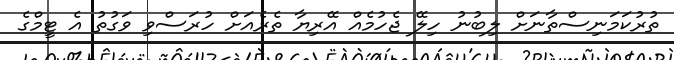
ތުރުކަމަނިސްތާނަށް ލިބުނު ހިލޭ ޖެހުމެއް އޭރިޔާ ތެރެއަށް ހުރަސްވި ވަގުތު އެ ޓީމްގެ